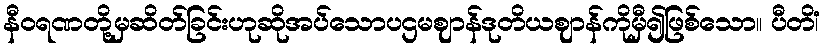
နီဝရဏတို့မှဆိတ်ခြင်းဟုဆိုအပ်သောပဌမဈာန်ဒုတိယဈာန်ကိုမှီ၍ဖြစ်သော။ ပီတိံ၊